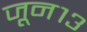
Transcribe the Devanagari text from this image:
जून१३